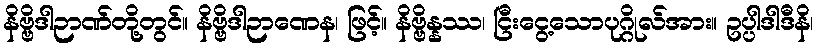
နိဗ္ဗိဒါဉာဏ်တို့တွင်။ နိဗ္ဗိဒါဉာဏေန၊ ဖြင့်။ နိဗ္ဗိန္နဿ၊ ငြီးငွေ့သောပုဂ္ဂိုလ်အား။ ဥပ္ပါဒါဒီနိ၊